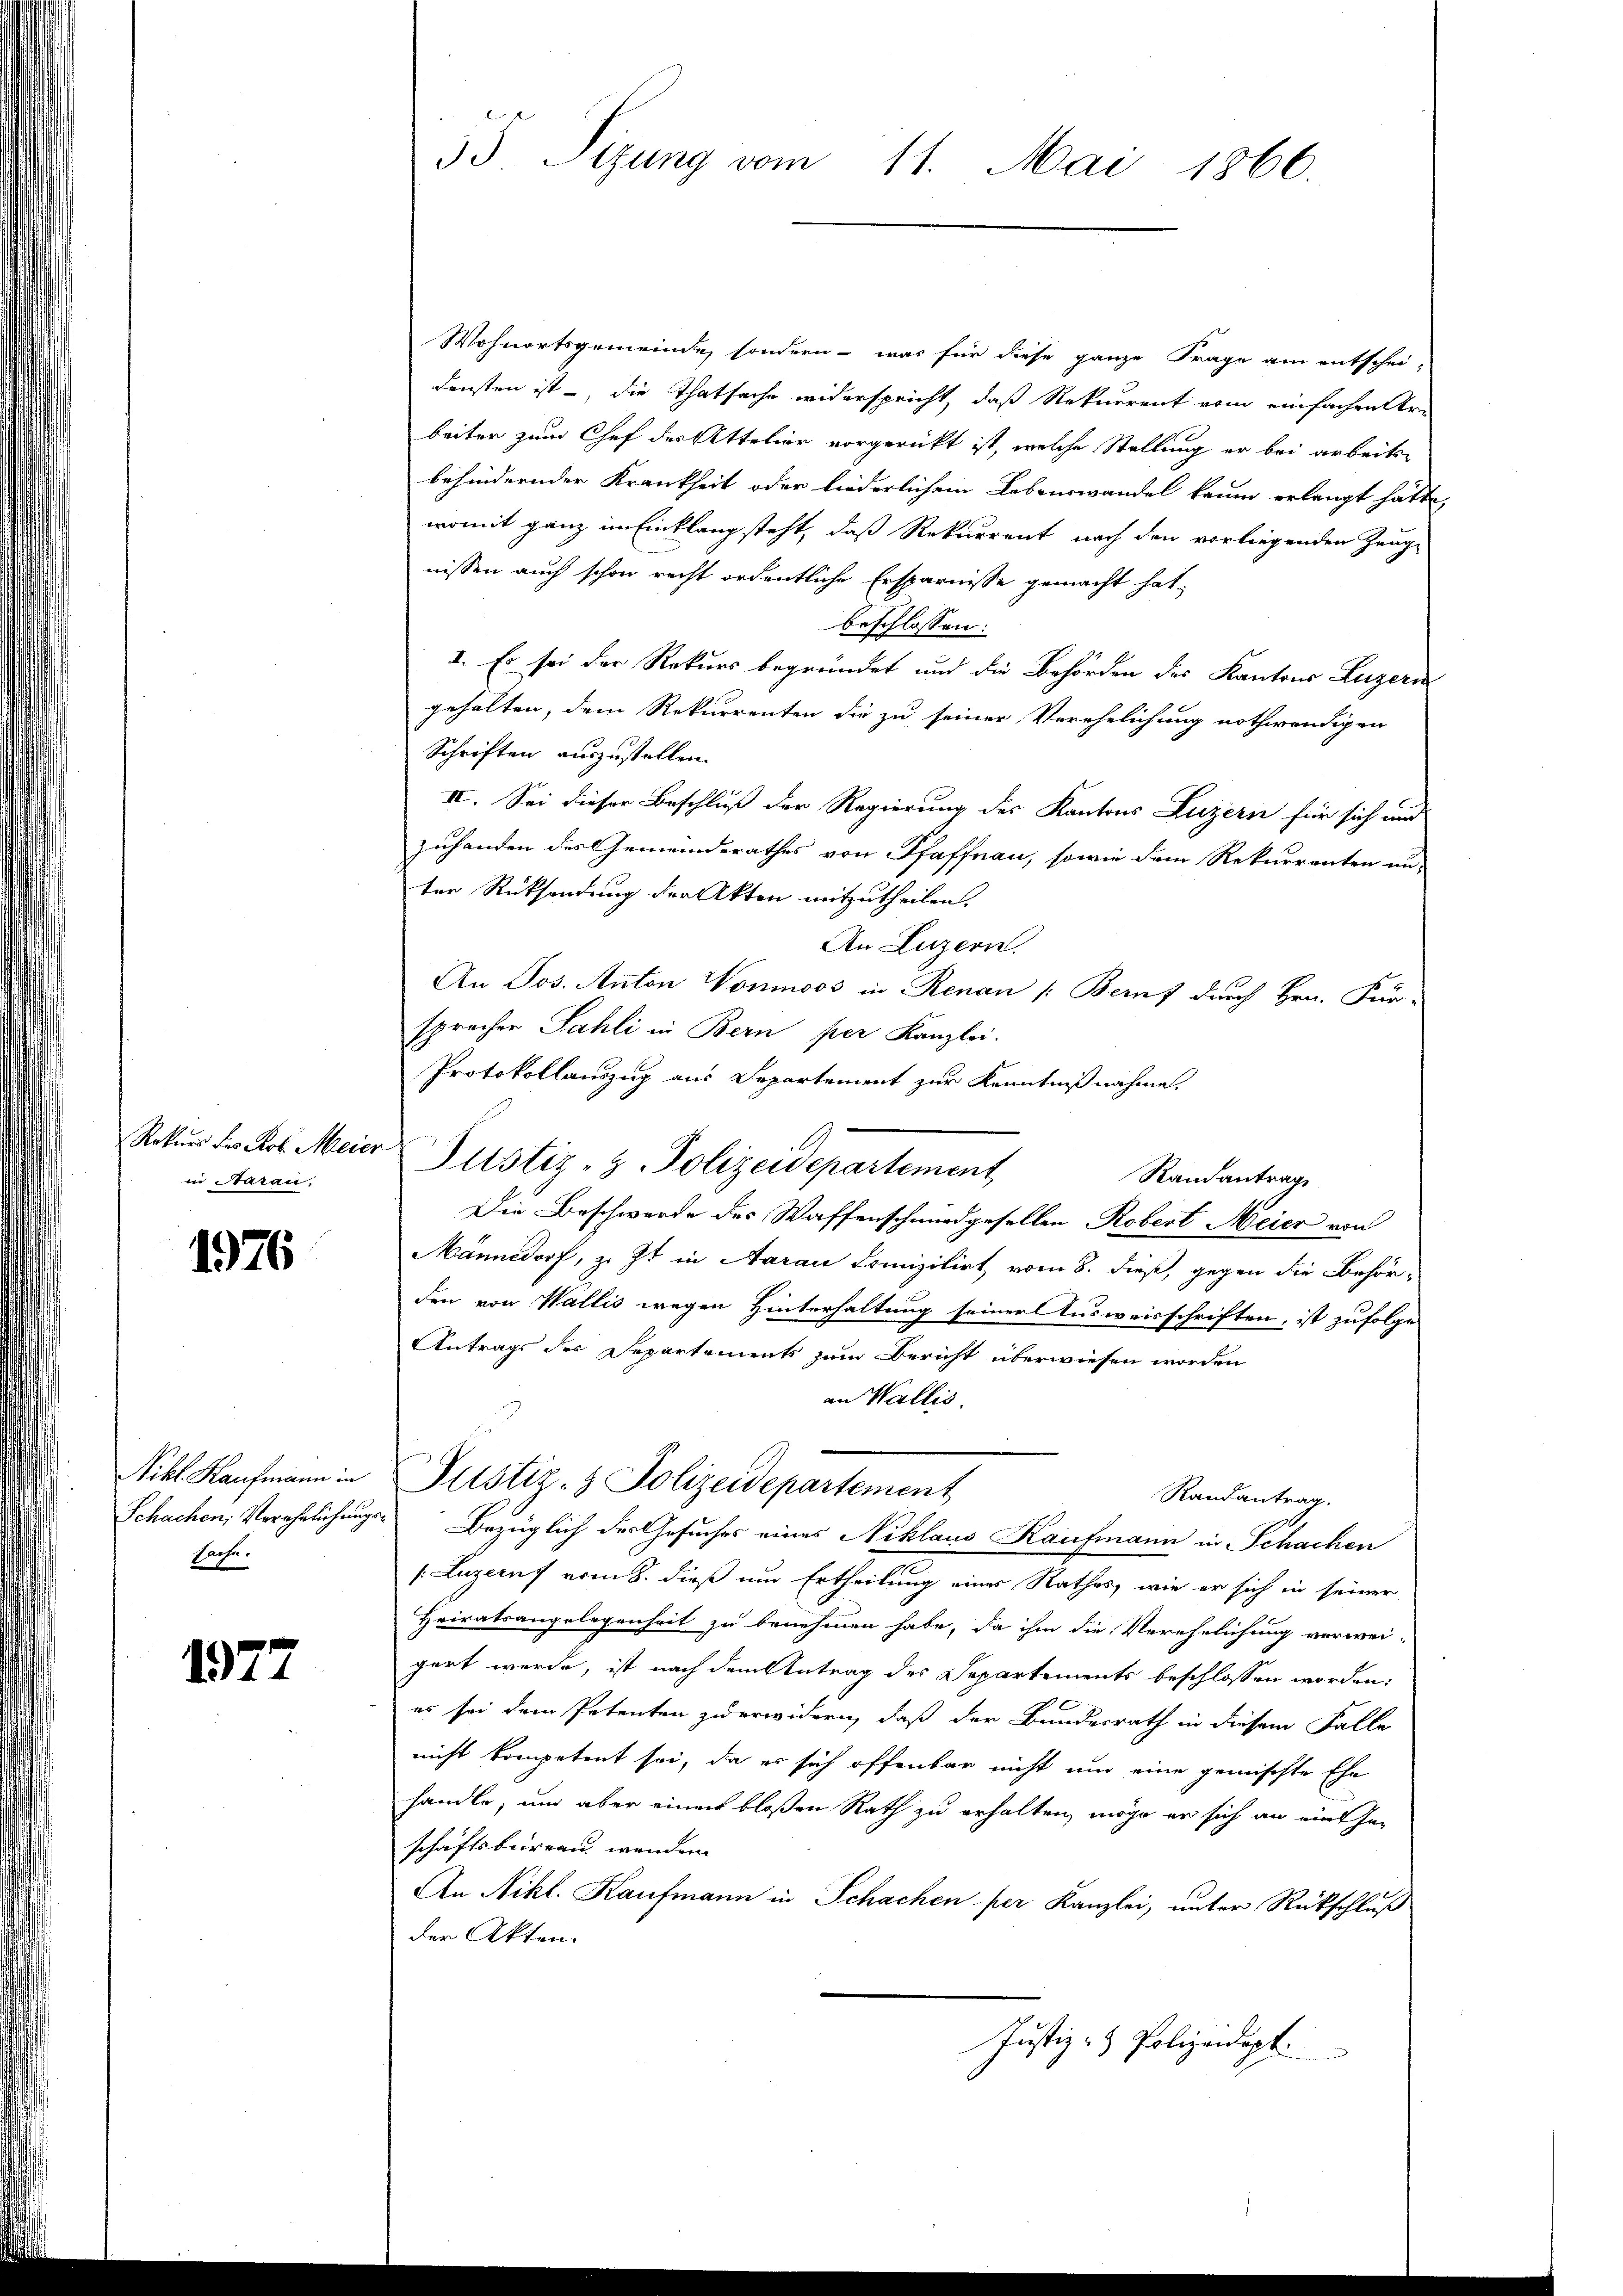
Rekurs des Prof. Meier
in Saran.

1976

Nikl. Kaufmann in
Schachen, Verähnlichung
Sache.

1972

55 Sizung vom 11. Mai 1866.

Wohnortsgemeinde, sondern - was für diese ganze Frage am entschei-
densten ist, die Thatsache widerspricht, daß Rekurrent vom einfachen Ur-
beiter zum Chef der Attelier vorgerückt ist, welche Stellung er bei arbeits-
behindernder Krankheit oder liederlichem Lebenswandel kaum erlangt hatte,
womit ganz im Einklang steht, daß Rekurrent nach den vorliegenden Zeug-
nissen auch schon recht ordentliche Ersparnisse gemacht hat,
beschlossen:
I. Es sei der Rekurs begründet und die Behörden des Kantons Luzeris
gehalten, dem Rekurrenten die zu seiner Verehelichung nothwendigen
Schriften auszustellen.
II. Sei dieser Beschluß der Regierung des Kantons Luzern für sich und
zuhanden des Gemeinderathes von Pfaffnau, sowie dem Rekurrenten un-
ter Rücksendung der Akten mitzutheilen.
An Luzern.
An Jos. Anton Nominoos in Renau |: Beruf durch Hrn. Für-
sprecher Sahli in Bern per Kanzlei.
Protokollauszug aus Departement zur Kenntnißnahme.
Justiz- & Polizeidepartement,
Randantrag
Die Beschwerde des Waffenschmid gesellen Robert Meier von
Männedorf, z. Zt. in Aarau Domizilirt vom 8. dieß, gegen die Behör-
den von Wallis wegen Hinterhaltung seiner Ausweisschriften, ist zufolge
Antrags der Departements zum Bericht überwiesen worden
an Wallis.
Justiz- & Polizeidepartement
Randantrag.
 Bezüglich des Gesuches eines Niklaus Kaufmann in Schachen
(Luzern vom 8. dieß um Ertheilung eines Rathes, wie er sich in seiner
Heiratsangelegenheit zu benehmen habe, da ihm die Verehelichung verwei-
gert werde, ist nach dem Antrag des Separtements beschlossen worden;
es sei dem Petenten zu erwidern, daß der Bundesrath in diesem Falle
nicht kompetent sei, da es sich offenbar nicht um eine gemischte Ehe
handle, um aber einen bloßen Rath zu erhalten, möge er sich an eine haschäftsbureau, wenden
An Nikl. Kaufmann in Schachen per Kanzlei, unter Rückschluß
der Akten.
Justiz- & Polizeidigt.